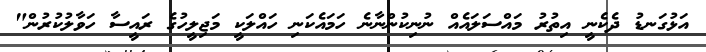
އަޅުގަނޑު ދެކެނީ އިތުރު މައްސަލައެއް ނުނިކުންނާނެ ހަމައެކަނި ހައްލަކީ މަޖިލީހުގެ ރައީސާ ހަވާލުކުރުން"